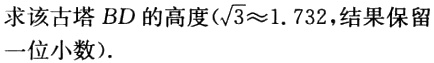
求该古塔 \(BD\) 的高度(\(\sqrt{3}\approx1.732\)，结果保留一位小数)．